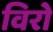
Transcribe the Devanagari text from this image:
विरो